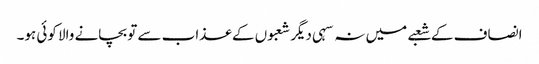
انصاف کے شعبے میں نہ سہی دیگر شعبوں کے عذاب سے تو بچانے والا کوئی ہو۔